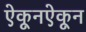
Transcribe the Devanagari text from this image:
ऐकूनऐकून